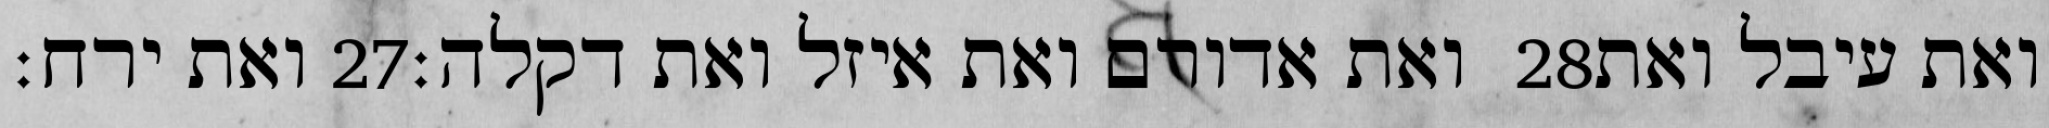
ואת ירח׃ ‎27‏ ואת אדורם ואת איזל ואת דקלה׃ ‎28‏ ואת עיבל ואת